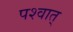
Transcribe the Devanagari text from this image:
पश्वात्